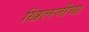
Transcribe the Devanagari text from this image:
खिलजीचा